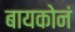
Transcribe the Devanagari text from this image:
बायकोनं